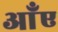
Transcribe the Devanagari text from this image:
आँए